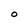
Character: O